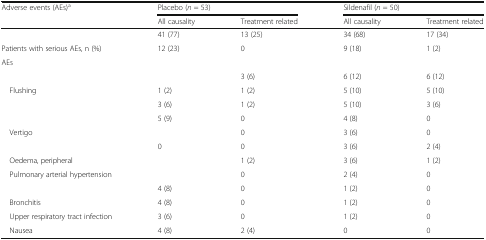
<table><thead><tr><td rowspan="2"><b>Adverse events (AEs)<sup>a</sup></b></td><td colspan="2"><b>Placebo (<i>n</i> = 53)</b></td><td colspan="2"><b>Sildenafil (<i>n</i> = 50)</b></td></tr><tr><td><b>All causality</b></td><td><b>Treatment related</b></td><td><b>All causality</b></td><td><b>Treatment related</b></td></tr></thead><tbody><tr><td>[EMPTY_CELL]</td><td>41 (77)</td><td>13 (25)</td><td>34 (68)</td><td>17 (34)</td></tr><tr><td>Patients with serious AEs, n (%)</td><td>12 (23)</td><td>0</td><td>9 (18)</td><td>1 (2)</td></tr><tr><td colspan="5">AEs</td></tr><tr><td>[EMPTY_CELL]</td><td>[EMPTY_CELL]</td><td>3 (6)</td><td>6 (12)</td><td>6 (12)</td></tr><tr><td> Flushing</td><td>1 (2)</td><td>1 (2)</td><td>5 (10)</td><td>5 (10)</td></tr><tr><td>[EMPTY_CELL]</td><td>3 (6)</td><td>1 (2)</td><td>5 (10)</td><td>3 (6)</td></tr><tr><td>[EMPTY_CELL]</td><td>5 (9)</td><td>0</td><td>4 (8)</td><td>0</td></tr><tr><td> Vertigo</td><td>[EMPTY_CELL]</td><td>0</td><td>3 (6)</td><td>0</td></tr><tr><td>[EMPTY_CELL]</td><td>0</td><td>0</td><td>3 (6)</td><td>2 (4)</td></tr><tr><td> Oedema, peripheral</td><td>[EMPTY_CELL]</td><td>1 (2)</td><td>3 (6)</td><td>1 (2)</td></tr><tr><td> Pulmonary arterial hypertension</td><td>[EMPTY_CELL]</td><td>0</td><td>2 (4)</td><td>0</td></tr><tr><td>[EMPTY_CELL]</td><td>4 (8)</td><td>0</td><td>1 (2)</td><td>0</td></tr><tr><td> Bronchitis</td><td>4 (8)</td><td>0</td><td>1 (2)</td><td>0</td></tr><tr><td> Upper respiratory tract infection</td><td>3 (6)</td><td>0</td><td>1 (2)</td><td>0</td></tr><tr><td> Nausea</td><td>4 (8)</td><td>2 (4)</td><td>0</td><td>0</td></tr></tbody></table>